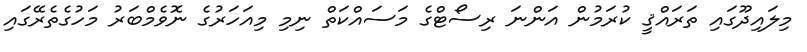
މިލައިދޫގައި ތަރައްޤީ ކުރަމުން އަންނަ ރިސޯޓްގެ މަސައްކަތް ނިމި މިއަހަރުގެ ނޮވެމްބަރު މަހުގެތެރޭގައި